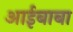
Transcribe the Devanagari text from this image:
आईबाबा